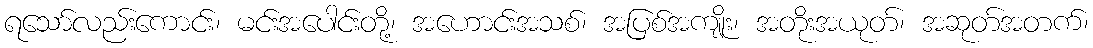
ရသော်လည်းကောင်း၊ မင်းအပေါင်းတို့၊ အဟောင်းအသစ်၊ အပြစ်အကျိုး၊ အတိုးအယုတ်၊ အဆုတ်အတက်၊